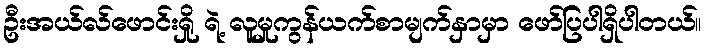
ဦးအယ်လ်ဖောင်းရှို ရဲ့ လူမှုကွန်ယက်စာမျက်နှာမှာ ဖော်ပြပါရှိပါတယ်။